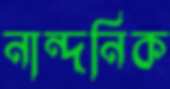
নান্দনিক